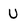
Character: U